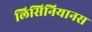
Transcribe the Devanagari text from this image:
लिसिनियानस